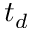
t _ { d }